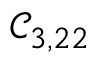
\mathcal { C } _ { 3 , 2 2 }